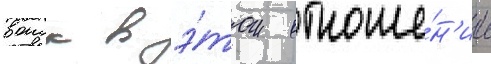
воиск в э́том отноше́н'ии